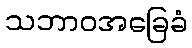
သဘာဝအခြေခံ